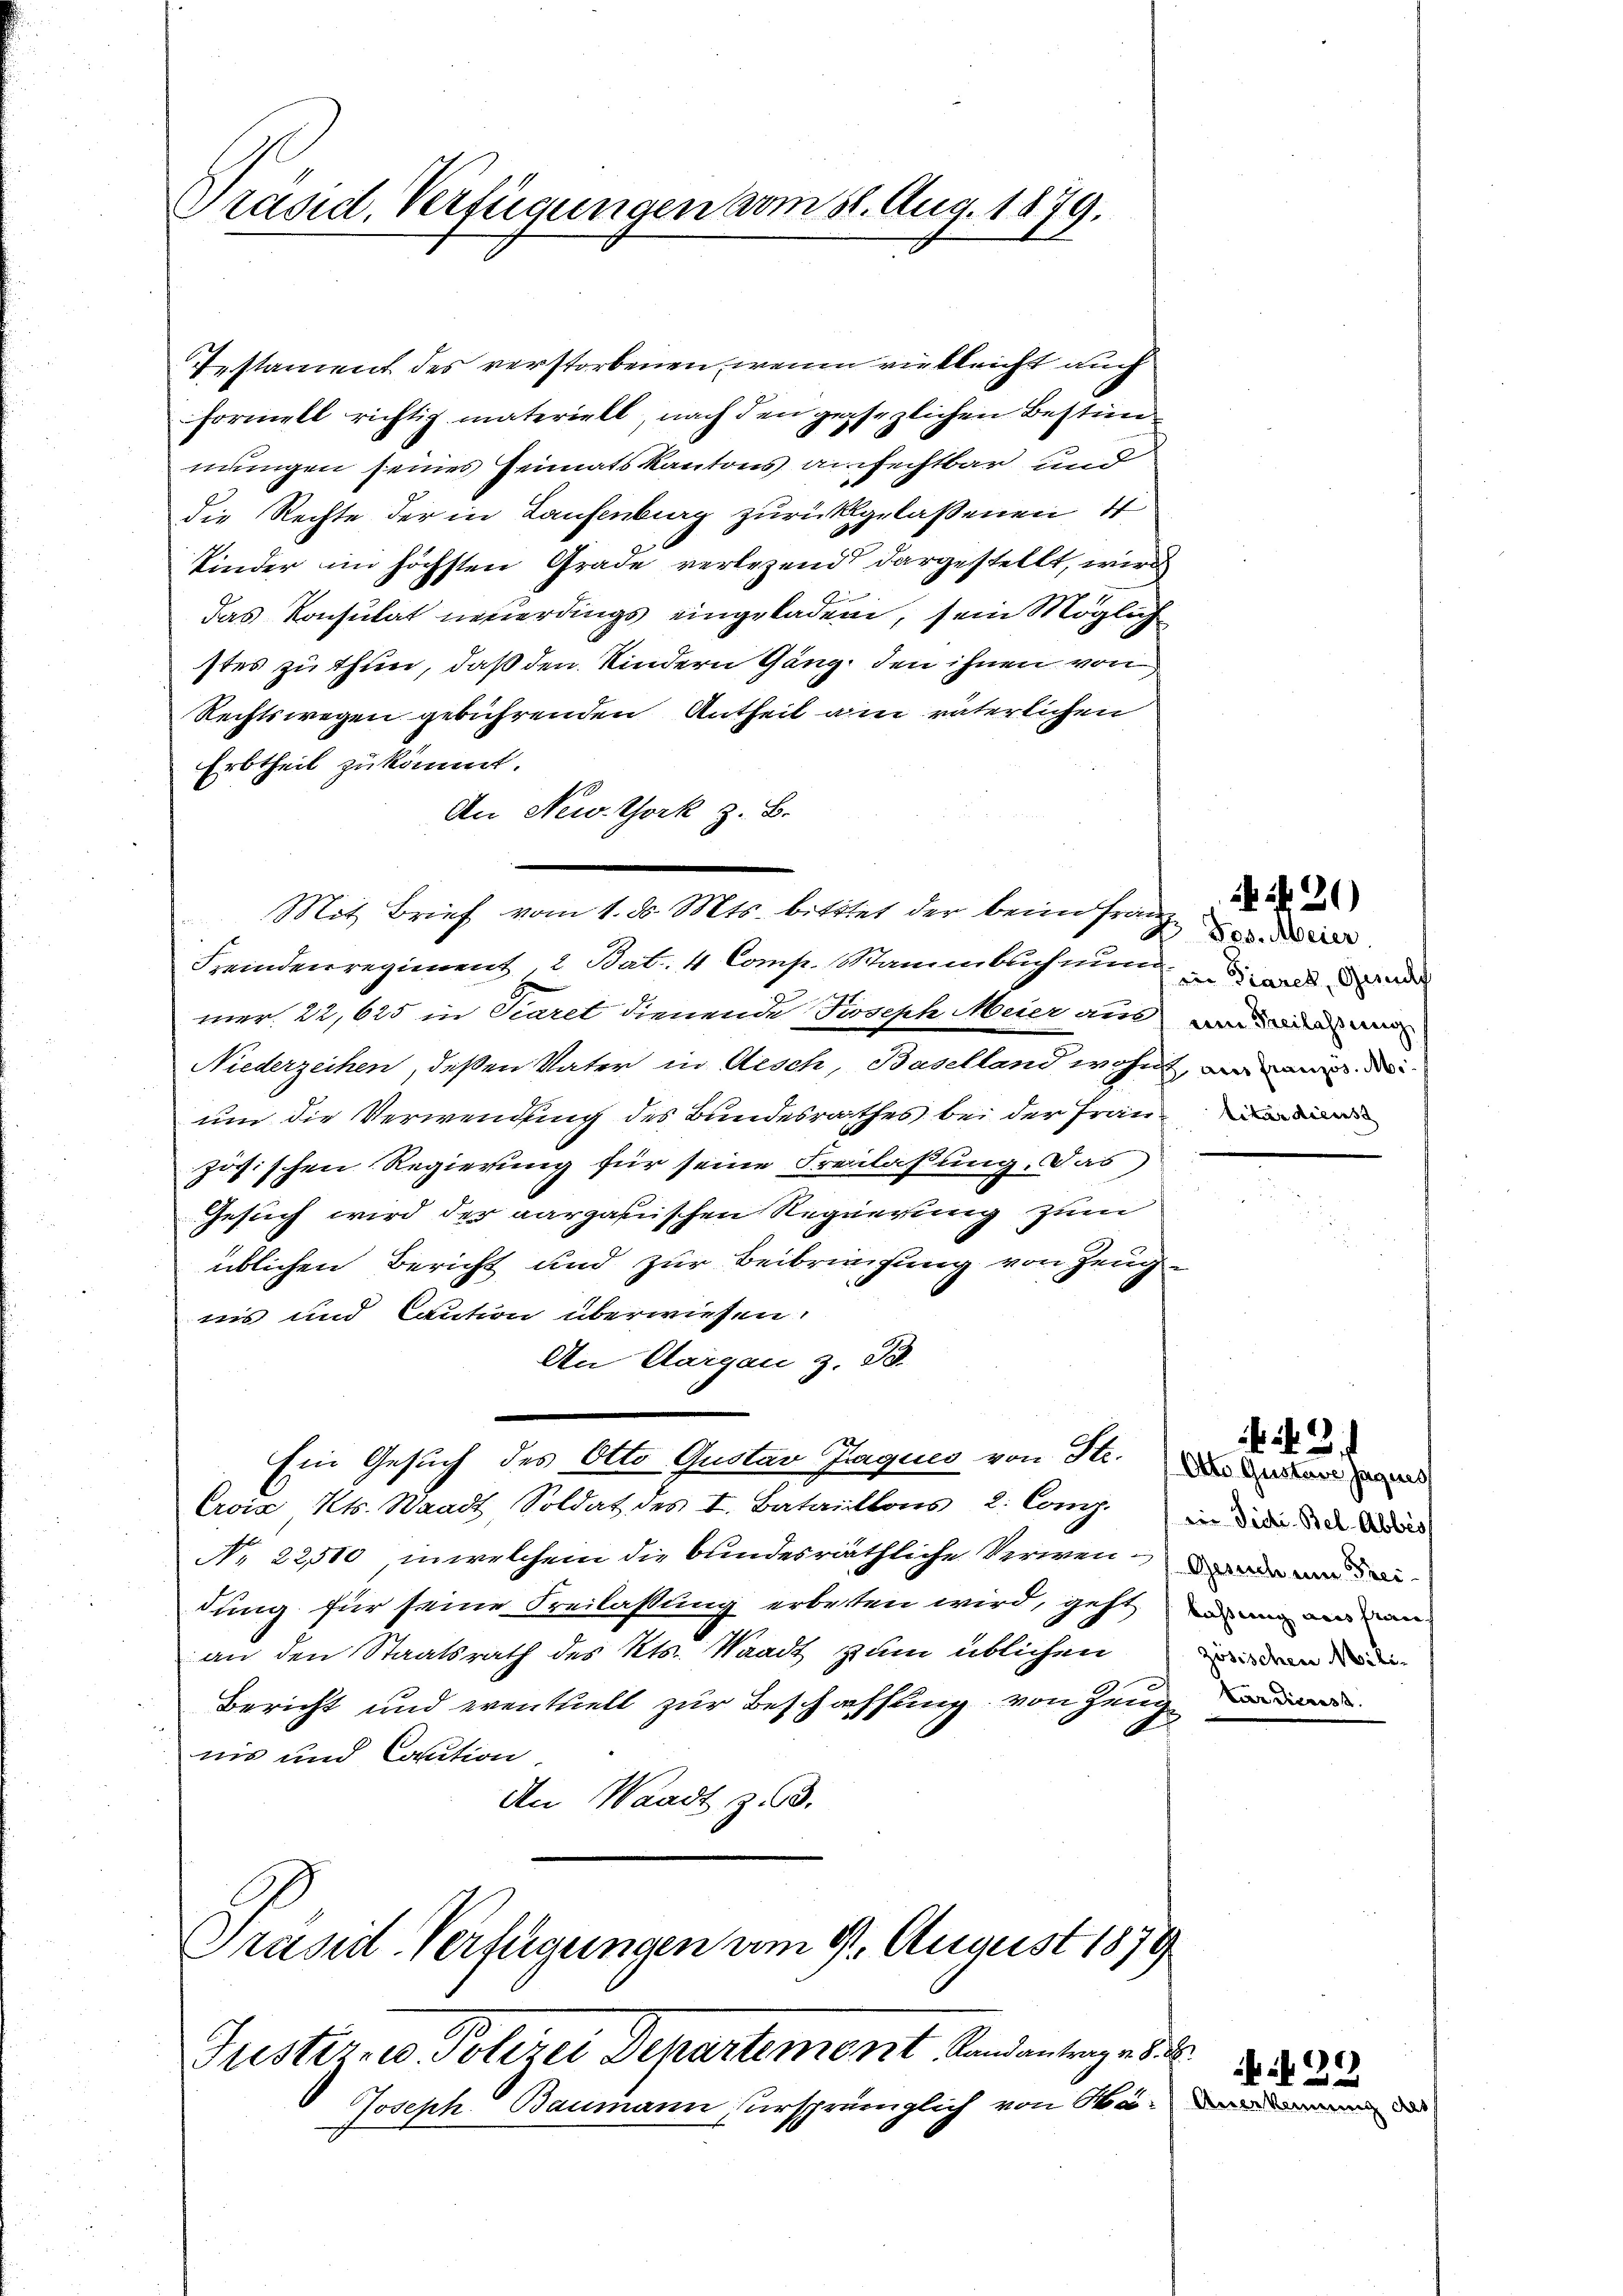
Präsid. Verfügungen vom 31. Aug. 1879.

Testament des verstorbenen, wenn vielleicht auch
Formell richtig materiell, nach den gesezlichen Bestimmungen seines Heimatskantons anfechtbar und
die Rechte der in Laufenburg zurückgelassenen I
Kinder im höchsten Grade verlegend dargestellt, wird
das Konsulat neuerdings eingeladen, sein Möglich
stes zu thun, daß den Kindern Gang, den ihnen von
Rechtswegen gebührenden Antheil am väterlichen
Erbtheil zu kommt.
An New York z. B.
Feindenregiment. 2 Bat. 4 Comp. Stammbuch nun
mer, 22,625 in Scaret dienende Joseph Meier an, und ein au
Niederzeihen, deßen Vater in Aesch, Baselland wohn
um die Verwendung des Bundesrathes bei der Frau
zösischen Regierung für seine Freilassung. Das
Gesuch wird der aargauischen Regierung zum
üblichen Bericht und zur Beibringung von Zeug
iis und Caution überwiesen.
An Aargau z. B.
Ein Gesuch des Otto Gustav Jaques von Str.
Erois Kts. Waadt, Soldat des I. Bataillons 2. Comp.
No. 22,510, in welchem die bundesräthliche Verwendung für seine Freilassung erbetten wird, geht
an den Staatsrath des Kts. Waadt zum üblichen
Bericht und eventuell zur Beschaffung von Zeuge
nis und Caution
An Waadt Z. 63.

Mit Brief vom 1. d. Mts. bittet der beim Franz

Präsid. Verfügungen vom 9. August 1879

Joseph Baumann ursprünglich von Bä¬

Justiz u. Polizei Departement Randantrages

in Diares, Gesuch
1 aus französ. Mi

i 21)

Otto Gustav Jaques
iin Siche Bel-Abbes
Gesuch eine Freilassung aus fran
zösischen Mili-

N. N. 3.

i 29